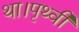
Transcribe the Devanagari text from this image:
था।पृथ्वी